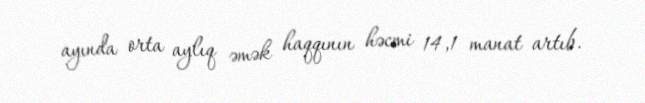
ayında orta aylıq əmək haqqının həcmi 14,1 manat artıb.